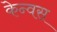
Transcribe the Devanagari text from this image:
केन्वस